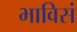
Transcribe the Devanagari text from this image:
भाविसं